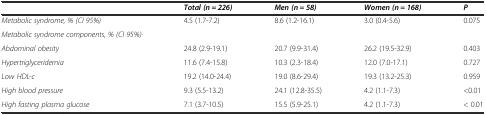
<table><thead><tr><td></td><td><b><i>Total (n = 226)</i></b></td><td><b><i>Men (n = 58)</i></b></td><td><b><i>Women (n = 168)</i></b></td><td><b><i>P</i></b></td></tr></thead><tbody><tr><td><i>Metabolic syndrome, % (CI 95%)</i></td><td>4.5 (1.7-7.2)</td><td>8.6 (1.2-16.1)</td><td>3.0 (0.4-5.6)</td><td>0.075</td></tr><tr><td><i>Metabolic syndrome components, % (CI 95%)</i></td><td></td><td></td><td></td><td></td></tr><tr><td><i>Abdominal obesity</i></td><td>24.8 (2.9-19.1)</td><td>20.7 (9.9-31.4)</td><td>26.2 (19.5-32.9)</td><td>0.403</td></tr><tr><td><i>Hypertriglyceridemia</i></td><td>11.6 (7.4-15.8)</td><td>10.3 (2.3-18.4)</td><td>12.0 (7.0-17.1)</td><td>0.727</td></tr><tr><td><i>Low HDL-c</i></td><td>19.2 (14.0-24.4)</td><td>19.0 (8.6-29.4)</td><td>19.3 (13.2-25.3)</td><td>0.959</td></tr><tr><td><i>High blood pressure</i></td><td>9.3 (5.5-13.2)</td><td>24.1 (12.8-35.5)</td><td>4.2 (1.1-7.3)</td><td>&lt;0.01</td></tr><tr><td><i>High fasting plasma glucose</i></td><td>7.1 (3.7-10.5)</td><td>15.5 (5.9-25.1)</td><td>4.2 (1.1-7.3)</td><td>&lt; 0.01</td></tr></tbody></table>